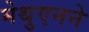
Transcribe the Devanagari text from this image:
मेथुएनने